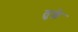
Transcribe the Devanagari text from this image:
तुल्ले